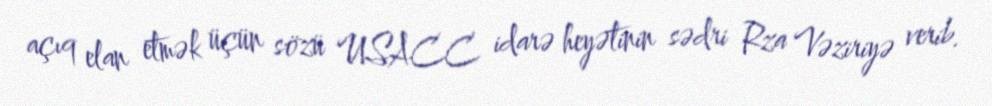
açıq elan etmək üçün sözü USACC idarə heyətinin sədri Rza Vəziriyə verib.